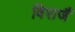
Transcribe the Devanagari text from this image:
विराजैं